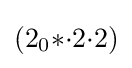
(2_{0}{*}{\cdot }2{\cdot }2)